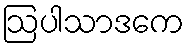
ဩပါသာဒကေ